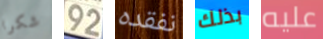
شكرا 92 نفقده بذلك عليه